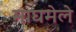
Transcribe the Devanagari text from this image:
माघमेले